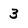
Character: 3